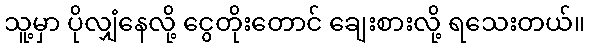
သူ့မှာ ပိုလျှံနေလို့ ငွေတိုးတောင် ချေးစားလို့ ရသေးတယ်။